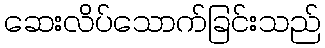
ဆေးလိပ်သောက်ခြင်းသည်